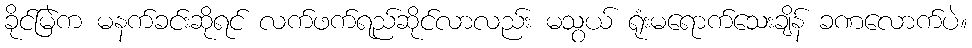
ခိုင်မြဲက မနက်ခင်းဆိုရင် လက်ဖက်ရည်ဆိုင်လာလည်း မသွယ် ရုံးမရောက်သေးချိန် ခဏလောက်ပဲ။